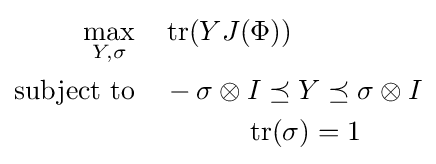
{\begin{aligned}\max _{Y,\sigma }\quad &\operatorname {tr} (YJ(\Phi ))\\{\text{subject to}}\quad &-\sigma \otimes I\preceq Y\preceq \sigma \otimes I\\&\quad \quad \quad \operatorname {tr} (\sigma )=1\end{aligned}}